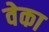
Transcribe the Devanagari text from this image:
वेका